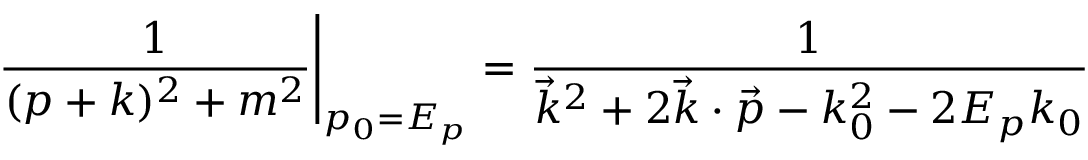
\left. { \frac { 1 } { ( p + k ) ^ { 2 } + m ^ { 2 } } } \right| _ { p _ { 0 } = E _ { p } } = { \frac { 1 } { \vec { k } ^ { 2 } + 2 \vec { k } \cdot \vec { p } - k _ { 0 } ^ { 2 } - 2 E _ { p } k _ { 0 } } }